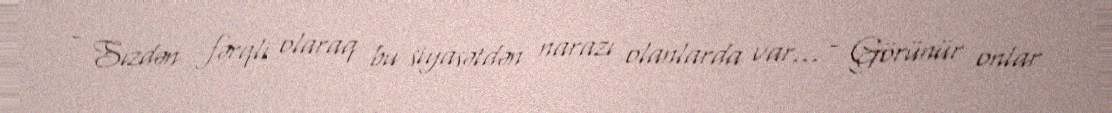
- Sizdən fərqli olaraq bu siyasətdən narazı olanlarda var… - Görünür onlar